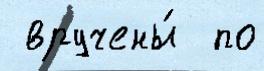
 вручены́  по